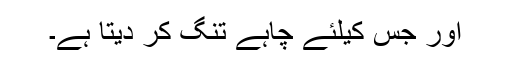
اور جس کیلئے چاہے تنگ کر دیتا ہے۔